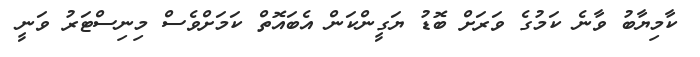
ކާމިޔާބު ވާނެ ކަމުގެ ވަރަށް ބޮޑު ޔަގީންކަން އެބައޮތް ކަމަށްވެސް މިނިސްޓަރު ވަނީ